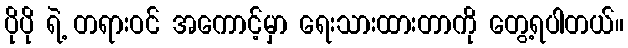
ပိုပို ရဲ့ တရားဝင် အကောင့်မှာ ရေးသားထားတာကို တွေ့ရပါတယ်။